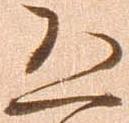
恐